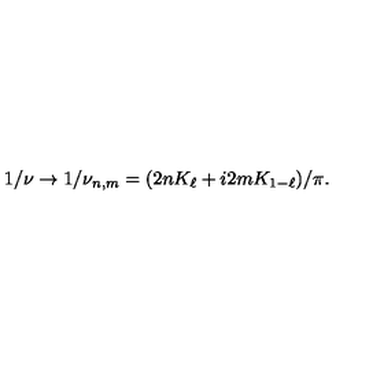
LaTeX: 1 / \nu \rightarrow 1 / \nu _ { n , m } = ( 2 n K _ { \ell } + i 2 m K _ { 1 - \ell } ) / \pi .